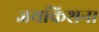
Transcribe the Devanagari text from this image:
जयकिशन।